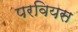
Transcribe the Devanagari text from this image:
परवियस